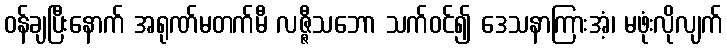
ဝန်ချပြီးနောက် အရုဏ်မတက်မီ လဇ္ဇီသဘော သက်ဝင်၍ ဒေသနာကြားအံ့၊ မဖုံးလိုလျက်